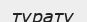
турату